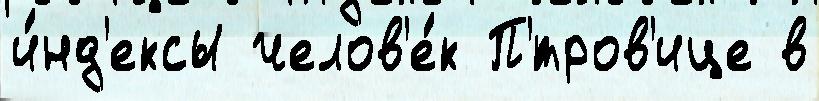
и́нд'ексы челов'е́к П'́тров'ице в